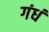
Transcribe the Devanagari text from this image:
गंधं